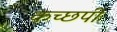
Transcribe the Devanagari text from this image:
कच्छपी